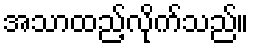
အသာထည့်လိုက်သည်။